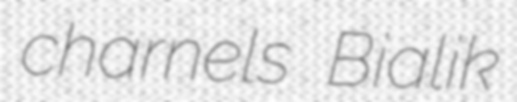
charnels Bialik